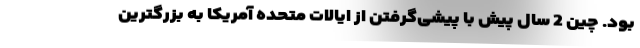
بود. چین 2 سال پیش با پیشی‌گرفتن از ایالات متحده آمریکا به بزرگترین